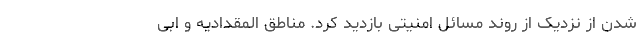
شدن از نزدیک از روند مسائل امنیتی بازدید کرد. مناطق المقدادیه و ابی